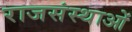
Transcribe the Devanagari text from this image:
राजसंस्थाओं